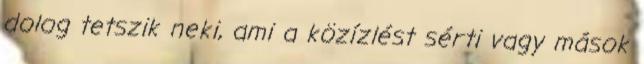
dolog tetszik neki, ami a közízlést sérti vagy mások